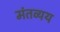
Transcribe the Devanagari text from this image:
मंतव्यय